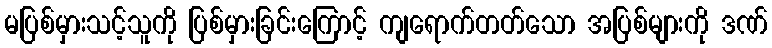
မပြစ်မှားသင့်သူကို ပြစ်မှားခြင်းကြောင့် ကျရောက်တတ်သော အပြစ်များကို ဒဏ်